Vital statistics of India. Vol. V, Reports of 1876 on armies & jails and on epidemic cholera
Year: 1876
Disease focus: Cholera
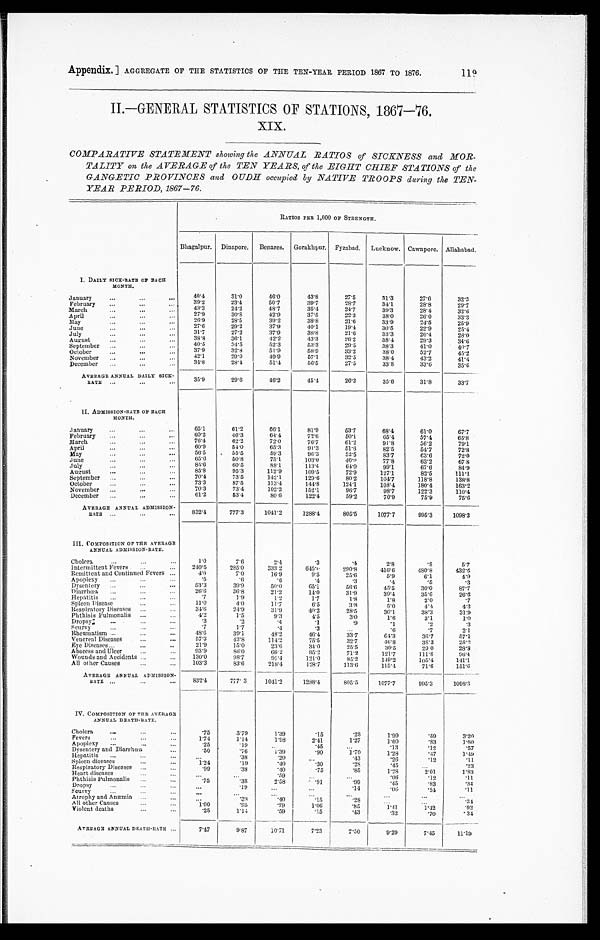
Appendix. ] AGGREGATE OF THE STATISTICS OF THE TEN-YEAR PERIOD 1867 TO 1876.
119
II.—GENERAL STATISTICS OF STATIONS, 1867—76.
XIX.
COMPARATIVE STATEMENT showing the ANNUAL RATIOS of SICKNESS and MOR-
- T A L I T Y o n , t h e A V E R A G E o f t h e T E N Y E A R S , o f t h e E I G H T C H I E F S T A T I O N S o f t h e
GANGETIC PROVINCES and OUDH occupied by NATIVE TROOPS during the TEN-
YEAR PERIOD, 1867—76.
I. DAILY SICK-RATE OF EACH
MONTH.
RATIOS PER 1,000 OF STRENGTH.
Bhagalpur. Dinapore.
Benares.
Gorakhpur. Fyzabad.
Lucknow. Cawnpore. Allahabad.
January . . .
40.4
31.0
46.0
43.8
27.5
31.3
27.6
32.3
3 9 . 2 23. 4
50.7
39.7
28.7
34.1
28.8
2 9 . 7
February . . .
43.3
24. 2
48.7
35.4
24.7
39.3
28.4
3 2 . 6
March . . .
27.9
30.8
42.9
37.5
22.3
38.0
26. 0
3 3 . 3
April . . .
2 6 . 9 28.5
39.2
38.8
21.6
33.9
24.5
2 5 . 9
May . . .
27.6
2 9 . 2
3 7 . 9
40.1
19.4
30.5
22.9
2 5 . 4
June . . .
31.7
27.2
37.9
38.8
21.6
33.3
26.4
2 8 . 0
July . . .
38.8
36. 1
42.2
43.3
2 6 . 2
38.4
29.3
3 4 . 6
August . . .
40.5
34. 5
52.3
53.3
29.5
38.3
41. 0
1 0 . 7
September . . .
37.9
32.8
51.9
58.9
33.2
38.0
52.7
4 5 . 2
October . . .
4 2 . 1 29.0
49.9
57.1
32.5
38.4
43.2
4 1 . 4
November . . .
34.8
28. 4
51.4
56.5
27.5
33.8
33.6
3 5 . 6
December . . .
AVERAGE ANNUAL DAILY SICK-
RATE . . .
35.9
29.6
46.2
45.4
26.3
35.6
31.8
33.7
II. ADMISSION-RATE OF EACH
MONTH.
January . . .
65.1
61.2
6 6 . 1
81.9
53.7
68.4
61.0
67.7
February . . .
60.2
46.3
64.4
7 2 . 6
50.1
65.4
57.4
6 5 . 8
76.4
62.2
72.0
76.7
6 1 . 2
March . . .
91.8
56.2
79.1
6 0 . 9 54.0
65.3
91.3
April . . .
51.6
82. 5.
54.7
72.8
56.5
55.5
59.3
96.3
May . . .
52.5
83.7
6 3 . 6
7 2 . 0
J u n e . . .
65.6
50.8
75.1
103.0
40.0
77.8
63.2
6 7 . 8
July . . .
85.6
60.5
88.1
113.4
64.0
99.1
67.6
84.9
August . . .
85.8
95.3
112.9
109.5
72.9
127.1
82.5
111.1
70.4
73.5
142.1
129.6
September . . .
80.2
104.7
118.8
138.8
73.3
87.5
113.4
144.8
October . . .
124.1
108.4
180.4
163.2
70.3
73.4
102.2
152.1
9 6 . 7
November . . .
98. 7
122.3
110.4
61.2
53.4
80.6
122.4
December . . .
59.2
70.9
75.9
75.6
AVERAGE ANNUAL ADMISSION-
RATE
832.4
777.3
1041.2
1288.4
805.5
1077.7
995.3
1098.3
III. COMPOSITION OF THE AVERAGE
ANNUAL ADMISSION-RATE.
Cholera . . .
1.0
7.6
2.4
.3
.4
2 . 8
. 8
5 . 7
Intermittent Fevers . . .
240.5
285.0
333.2
645. 0
290.8
416.6
480.8
432.6
Remittent and Continued Fevers . . .
4 . 0
7.0
16.9
9 . 5
25.6
5 . 9
6.1
4 . 9
Apoplexy . . .
. 5
. 6
. 6
. 4
. 3
. 4
. 5
. 3
Dysentery . . .
53.3
39.9
50.0
65.1
56.6
45.5
30.0
87.7
Diarrhœa . . .
26.6
36.8
21.2
1 4 . 0
31.9
39.4
35. 6
26.6
Hepatitis . . .
.7
1.9
1.2
1.7
1.8
1.8
2.0
.7
Spleen Disease . . .
11.0
4.0
11.7
6.5
3.8
5.0
4.4
4.3
Respiratory Diseases . . .
34.6
24.9
31.9
40. 2
28.5
30.1
38.3
31.9
Phthisis Pulmonalis . . .
4.2
1.5
9.3
4 . 5
3. 0
1.6
3.1
1 . 0
Dropsy . . .
.3
.2
. 4
. 1
. 9
. 1
.2
.3
Scurvy . . .
.7
1.7
. 4
. 3
. . .
. 6
. 7
2 . 1
Rheumatism . . .
48.6
39.1
48.2
46.4
33.7
64.3
36.7
57.1
Venereal Diseases . . .
57.3
4 3 . 8
114.2
7 5 . 5
32.7
46.8
38.3
2 5 . 2
Eye Diseases . . .
21.9
15.0
23.6
3 4 . 0
25.5
30.5
29.0
28.8
Abscess and Ulcer . . .
93.9
86.0
66.2
95. 2
71.2
121.7
1 1 1 . 8
96.4
Wounds and Accidents . . .
130.0
98.7
91.4
121.0
85.2
149.2
105.4
1 4 1 . 1
All other Causes . . .
103.3
83.6
218.4
128.7
113.6
115.4
71.6
151.6
AVERAGE ANNUAL ADMISSION-
RATE . . .
832.4
777. 3
1041.2
1 2 8 8 . 4
805.5
1077.7
995.3
1098.3
IV. COMPOSITION OF THE AVERAGE
ANNUAL DEATH-RATE.
Cholera . . .
.75
3.79
1.39
.15
.28
1.99
.59
3.20
Fevers . . .
1.74
1.14
1.98
2.41
1.27
1.60
.83
1.60
Apoplexy . . .
.25
.19
. . .
.45
. . .
.13
.12
.57
Dysentery and Diarrhœa . . .
.50
.76
1.39
.90
1.70
1.28
.47
1.49
Hepatitis . . .
. . .
.38
.20
. . .
.43
.26
.12
. . 1 1
Spleen diseases . . .
1.24
.19
.40
.30
.28
. 4 5
. . .
. 2 3
Respiratory Diseases . . .
.99
.38
.40
.75
.85
1.28
2.01
1.83
Heart diseases . . .
. . .
. . .
. 5 9
. . .
. . .
Phthisis Pulmonalis . . .
. 0 6
. 1 2
1 1
.75
2.58
. 3 8
.91
.99
.45
. 8 3
. 3 4
Dropsy . . .
. . .
. 1 9
. . .
. . .
.14
.06
.24
.11
Scurvy . . .
. . .
. . .
. . .
. . .
. . .
. . .
. . .
. . .
Atrophy and Anæmia . . .
. . .
.38
.40
. 1 5
.28
. . .
. . .
. 3 4
All other Causes . . .
1.00
.95
.79
1.06
.85
1.41
1.42
.92
Violent deaths . . .
.25
1.14
.59
.15
.43
.32
.70
.34
AVERAGE ANNUAL DEATH-RATE . . .
7.47
9.87
10.71
7.23
7.50
9.29
7.45
11.19